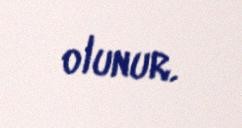
olunur.